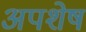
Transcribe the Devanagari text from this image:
अपशेष